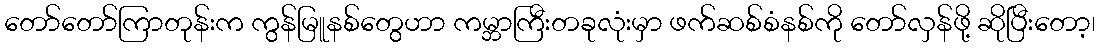
တော်တော်ကြာတုန်းက ကွန်မြူနစ်တွေဟာ ကမ္ဘာကြီးတခုလုံးမှာ ဖက်ဆစ်စံနစ်ကို တော်လှန်ဖို့ ဆိုပြီးတော့၊